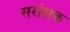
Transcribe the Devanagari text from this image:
सरांक्षक